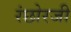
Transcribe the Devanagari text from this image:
रंछोरजी